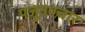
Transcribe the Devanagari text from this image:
पंजूउपचार